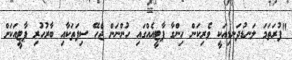
"ފުރަތަމަ ލަނޑުދަނޑިއަކީ ވެރިކަން ހިންގާ ޕާޓީއެއްގައި ހުންނަން ޖެހޭ ސިފަތަކާއި ބާރުހުރި ޕާޓީއަކަށް